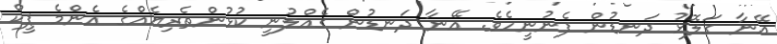
އޭނާ ގަލޮޅު ދަނޑުން ފެނުނީހެވެ. އޭނާ ދަނޑުން ގެއްލުނީ ކުޅުންތެރިޔެއްގެ އެންމެ ޕީކް